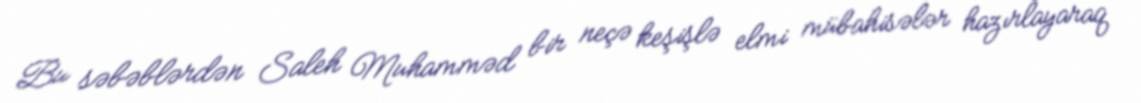
Bu səbəblərdən Saleh Muhamməd bir neçə keşişlə elmi mübahisələr hazırlayaraq